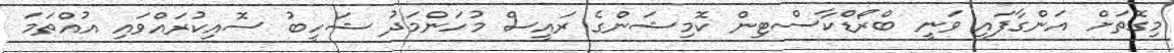
މިގޮތަށް އަންގާފައި ވަނީ ބްރޯޑްކާސްޓިން ކޮމިޝަންގެ ރައީސް މުހަންމަދު ޝަހީބު ސޮއިކުރައްވައި އުއްތަމަ